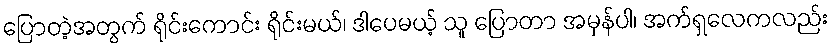
ပြောတဲ့အတွက် ရိုင်းကောင်း ရိုင်းမယ်၊ ဒါပေမယ့် သူ ပြောတာ အမှန်ပါ၊ အက်ရှလေကလည်း